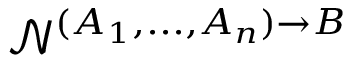
\mathcal { N } ^ { ( A _ { 1 } , . . . , A _ { n } ) \rightarrow B }